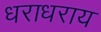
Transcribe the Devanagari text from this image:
धराधराय